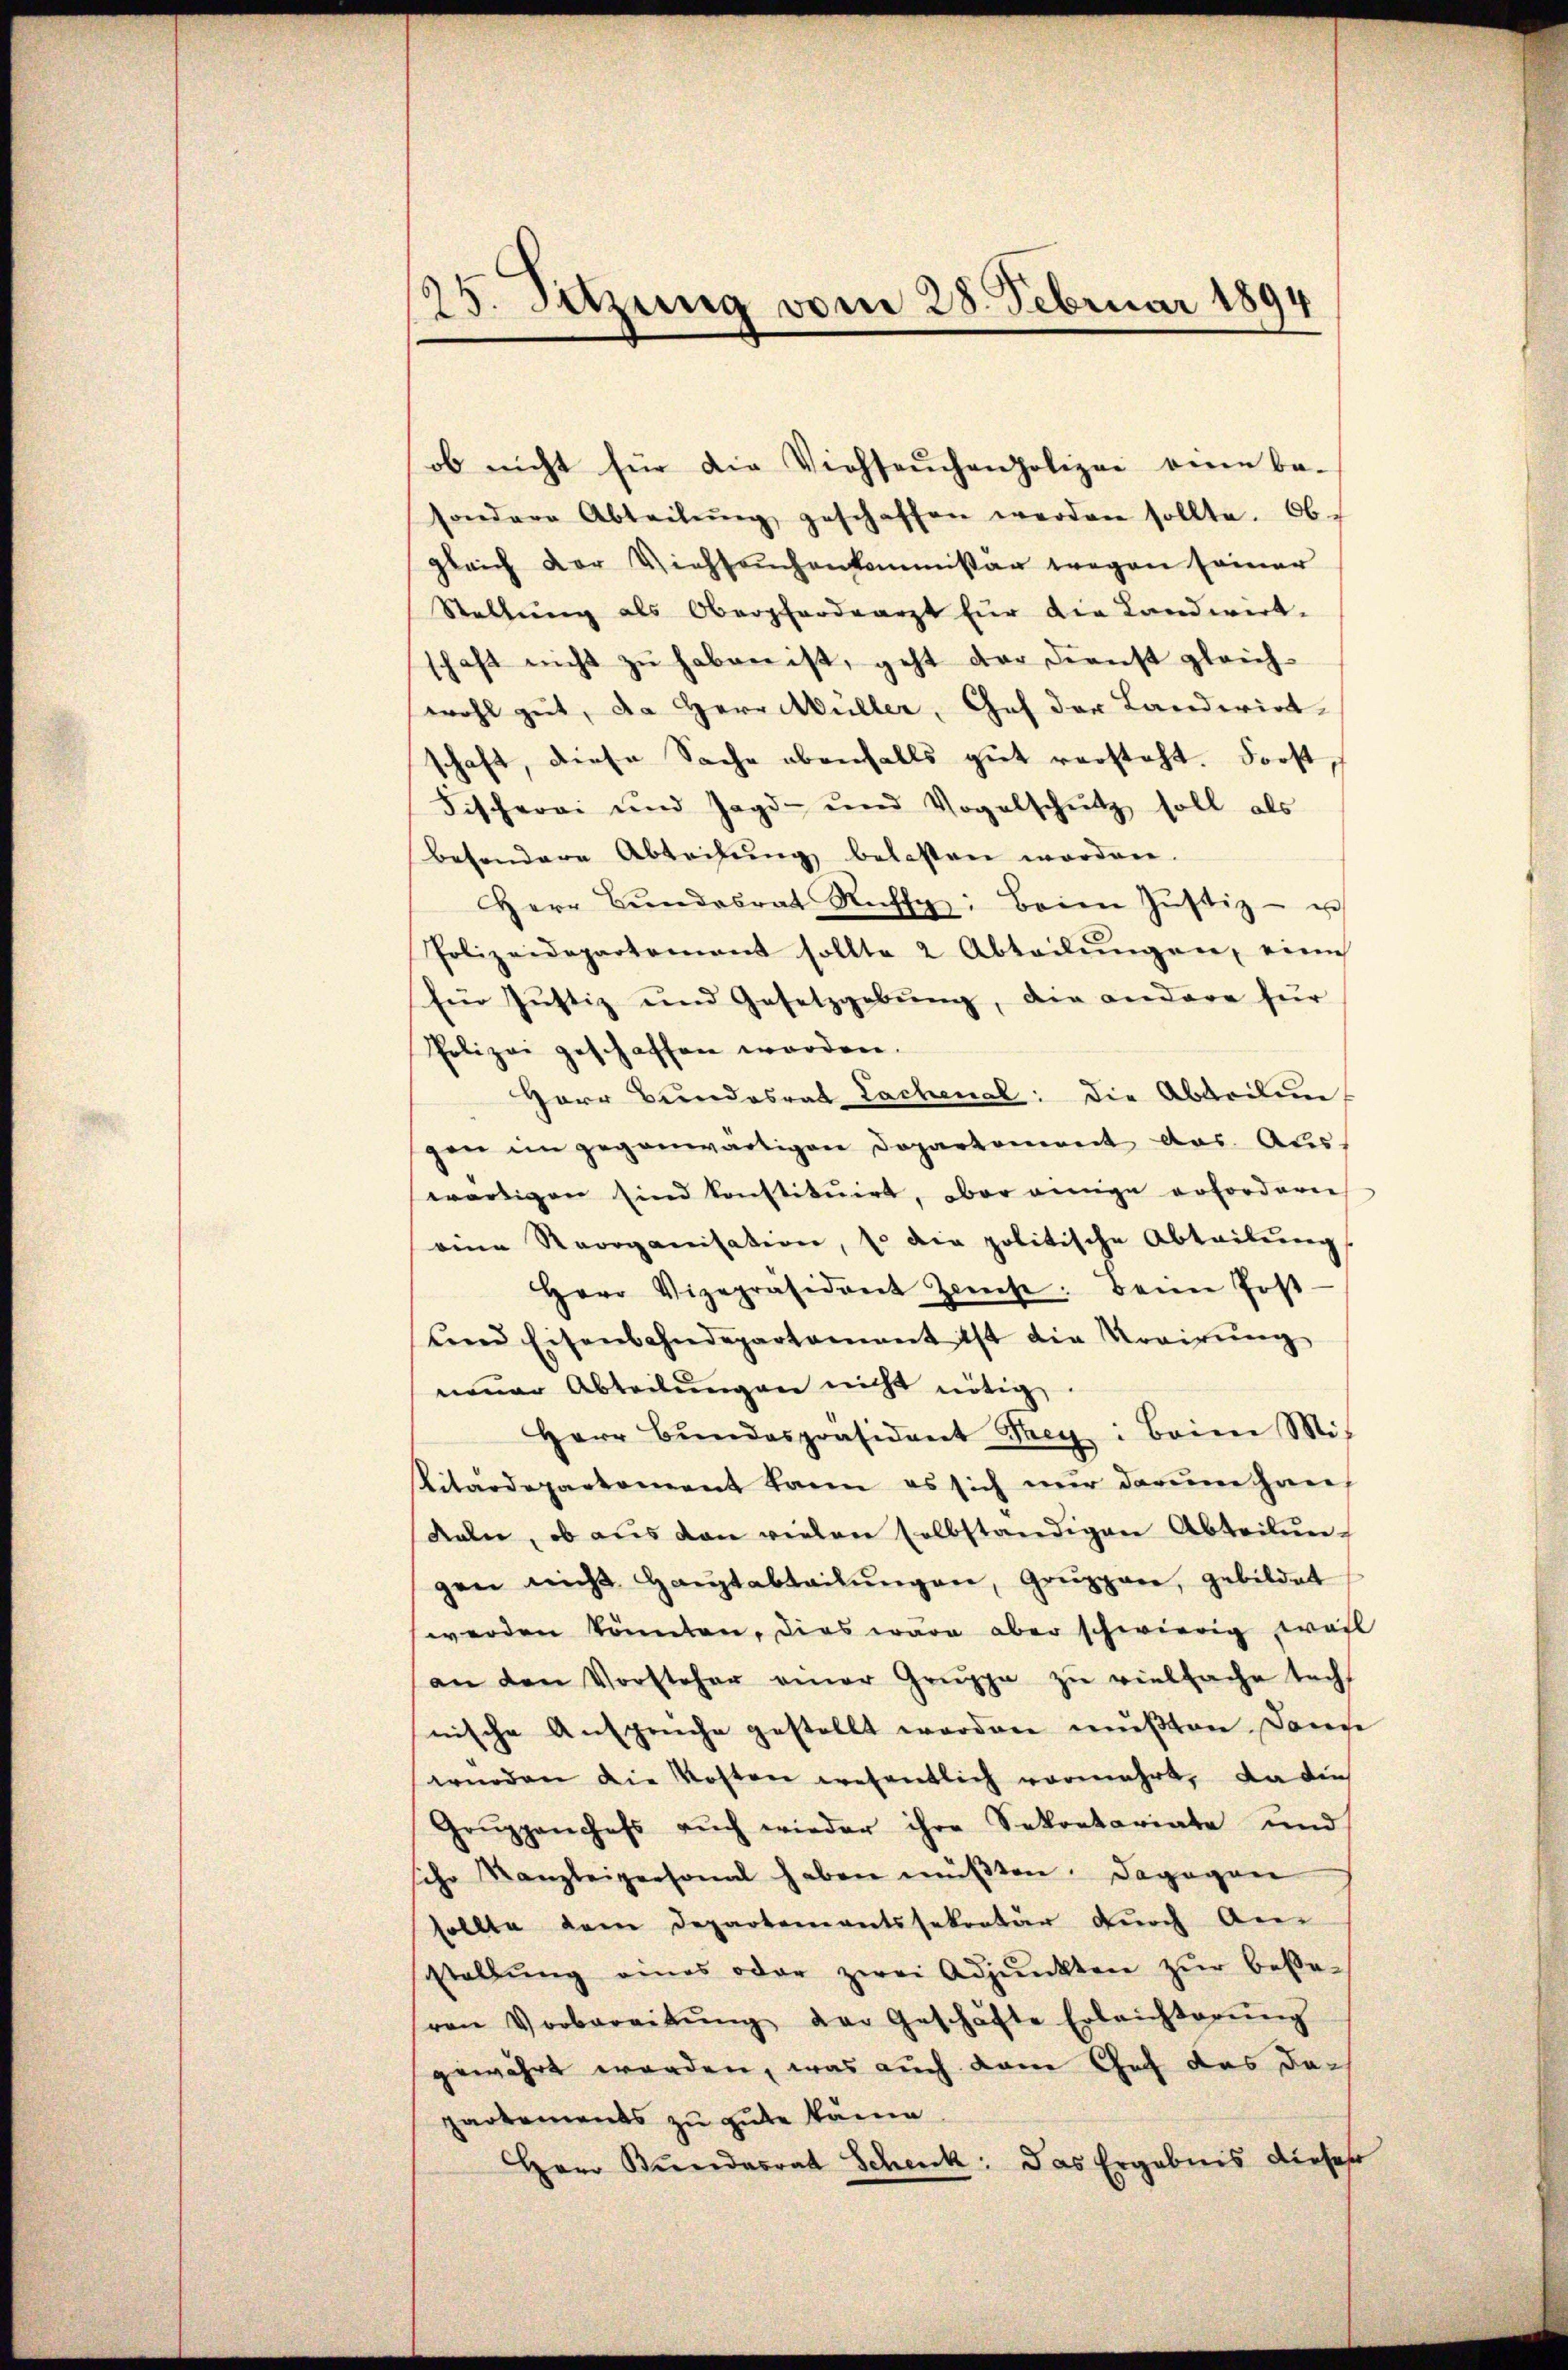
25. Setzung vom 28. Februar 1894

ob nicht für die Viehseuchenpolizei eine be-
sondere Abteilŭng geschaffen werden sollte. Ob-
gleich der Viehseuchenkommissär wegen seiner
Stellŭng als Oberfordearzt für die Landwirt-
haft nicht zŭ haben ist, geht der Dienst gleich-
wohl gut, da Herr Müller, Gef der Landerirt-
schaft, diese Sache ebenfalls gut versteht. Forst¬
Fischerei und Jagd- und Vogelschutz soll als
besondere Abteilŭng belasten worden.
Herr Bŭndesrat Rechte: Beim Jŭstiz- u
Polizeidepartement sollte 2 Abteilŭngen, eine
Ein Justiz und Gesetzgebung, die andere für
Polizei geschaffen werden.
Herr Bundesrat Lachenal: die Abbedingen im gegenwärtigen Dopartement aus. Auswärtigen sind konstitŭirt, aber einige erforderne
eine Reorganisation, so die politische Abteilŭng
Herr Vizepräsident Zinse: beim Post-
ŭnd Eisenbahndepartamant ist die Krairŭng
neuer Abteilŭngen nicht nötig.
Herr Bŭndespräsident Teig: Baier Mit
Pitärdepartement kann es sich nur darum han
Kaln, ob aus den vielen selbständigen Abteilŭn-
gen nicht Haŭptabteilŭngen, Grŭppen, gebildet
werden könnten, dies wäre aber schwierig wohl
an den Vorsteher einer Gruppe zu vielfache techt
nische Anspruche gestellt worden mußten. Dann
würden die Kosten wesentlich vermehrt, da die
Grŭppanchefs aŭch wieder ihre Sekretariate und
ihr Kanzleipersonal haben müβten. Dagegen
sollte dem Departementssekretär dŭrch An-
stellŭng eines oder zwei Adjunkten zŭr bese-
ven Vorbereitŭng der Geschäfte Erleichterŭng
gewährt worden, was auch dann Chef das dapartements zu gute käme
Herr Bundesrat Schenk: Das Ergebnis dieser